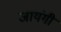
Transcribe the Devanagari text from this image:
जायंगी